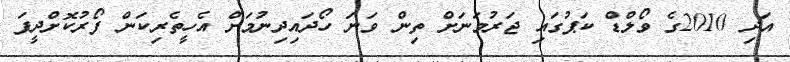
އަދި 2010ގެ ވޯލްޑް ކަޕުގައި ޖަރުމަނަށް ތިން ވަނަ ހޯދައިދިނުމަށް އެހީތެރިކަން ފޯރުކޮށްދީފަ